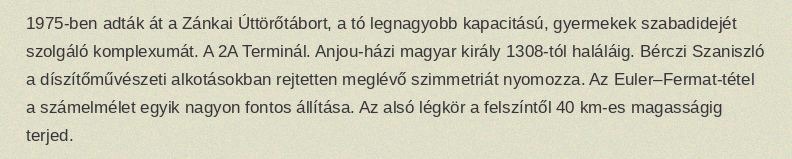
1975-ben adták át a Zánkai Úttörőtábort, a tó legnagyobb kapacitású, gyermekek szabadidejét szolgáló komplexumát. A 2A Terminál. Anjou-házi magyar király 1308-tól haláláig. Bérczi Szaniszló a díszítőművészeti alkotásokban rejtetten meglévő szimmetriát nyomozza. Az Euler–Fermat-tétel a számelmélet egyik nagyon fontos állítása. Az alsó légkör a felszíntől 40 km-es magasságig terjed.